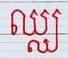
ឈ្ឈ